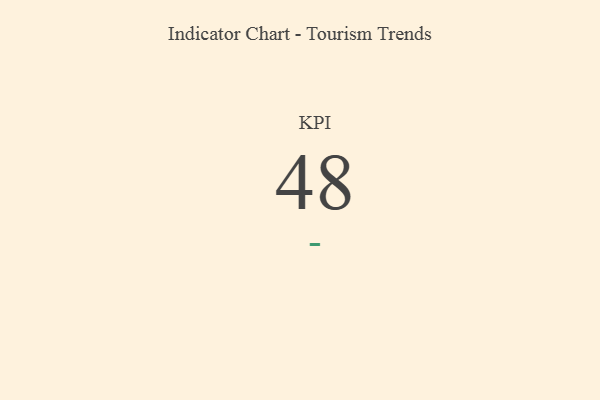
{"axis": {"x": "KPI", "y": "Value"}, "legend": [""], "data": [{"x": "KPI", "y": 48, "type": ""}]}